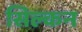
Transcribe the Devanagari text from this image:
सिल्कन